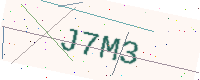
Text: J7M3